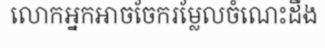
លោកអ្នកអាចចែករម្លែលចំណេះដឹង